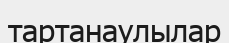
тартанаулылар